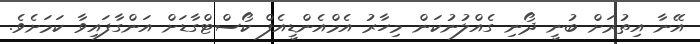
އޭނާ އިތުރަށް ބުނީ ދޯނި ގެއްލުނުކަން މިހާރު އެމްއެންޑީއެފް ކޯސްޓްގާޑަށް އަންގާފައިވާ ކަމަށެވެ.